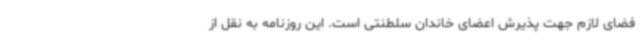
فضای لازم جهت پذیرش اعضای خاندان سلطنتی است. این روزنامه به نقل از